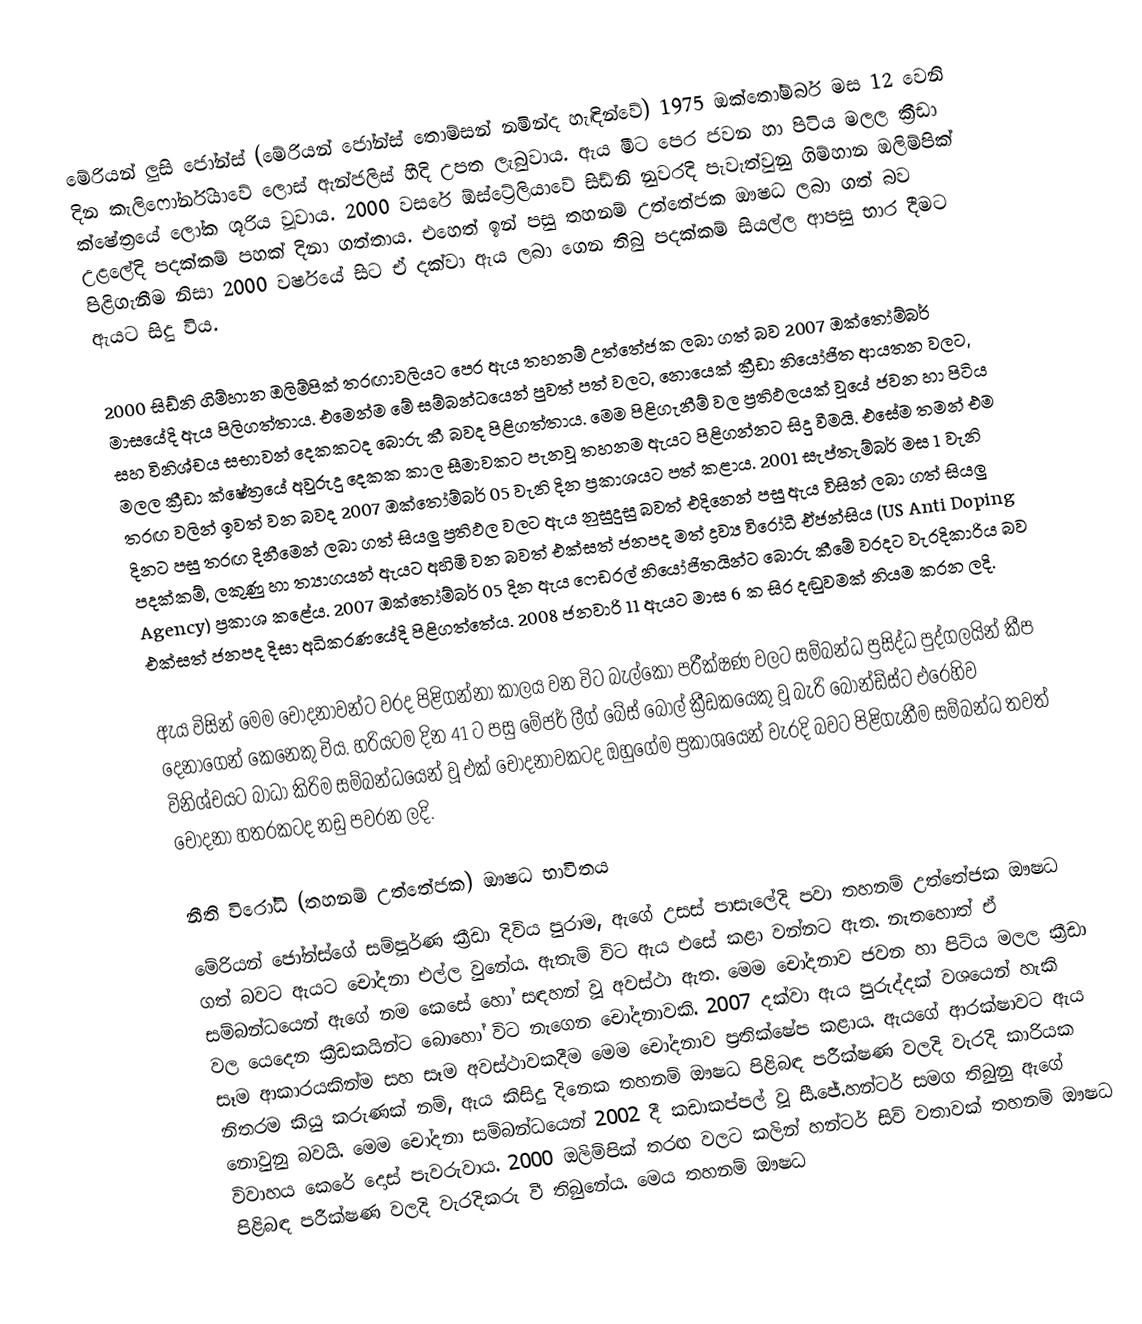
මේරියන් ලුසි ජෝන්ස් (මේරියන් ජෝන්ස් තොම්සන් නමින්ද හැඳින්වේ) 1975 ඔක්තෝම්බර් මස 12 වෙනි දින කැලිෆෝර්නියාවේ ලොස් ඇන්ජලිස් හීදි උපත ලැබුවාය. ඇය මීට පෙර ජවන හා පිටිය මලල ක්‍රීඩා ක්ෂේත්‍රයේ ලෝක ශූරිය වූවාය. 2000 වසරේ ඕස්ට්‍රේලියාවේ සිඩ්නි නුවරදි පැවැත්වුනු ගිම්හාන ඔලිම්පික් උළලේදි පදක්කම් පහක් දිනා ගත්තාය. එහෙත් ඉන් පසු තහනම් උත්තේජක ඖෂධ ලබා ගත් බව පිළිගැනීම නිසා 2000 වර්ෂයේ සිට ඒ දක්වා ඇය ලබා ගෙන තිබු  පදක්කම් සියල්ල ආපසු භාර දීමට ඇයට සිදු විය.

2000 සිඩ්නි ගිම්හාන ඔලිම්පික් තරඟාවලියට පෙර ඇය තහනම් උත්තේජක ලබා ගත් බව 2007 ඔක්තෝම්බර් මාසයේදි ඇය පිලිගත්තාය. එමෙන්ම මේ සම්බන්ධයෙන් පුවත් පත් වලට, නොයෙක් ක්‍රීඩා නියෝජිත ආයතන වලට, සහ විනිශ්චය සභාවන් දෙකකටද බොරු කී බවද පිළිගත්තාය. මෙම පිළිගැනීම් වල ප්‍රතිඵලයක් වූයේ ජවන හා පිටිය මලල ක්‍රීඩා ක්ෂේත්‍රයේ අවුරුදු දෙකක කාල සීමාවකට පැනවූ තහනම ඇයට පිළිගන්නට සිදු වීමයි. එසේම තමන් එම තරඟ වලින් ඉවත් වන බවද 2007 ඔක්තෝම්බර් 05 වැනි දින ප්‍රකාශයට පත් කළාය. 2001 සැප්තැම්බර් මස 1 වැනි දිනට පසු තරඟ දිනීමෙන් ලබා ගත් සියලු ප්‍රතිඵල වලට ඇය නුසුදුසු බවත් එදිනෙන් පසු ඇය විසින් ලබා ගත් සියලු පදක්කම්, ලකුණු හා ත්‍යාගයන් ඇයට අහිමි වන බවත් එක්සත් ජනපද මත් ද්‍රව්‍ය විරෝධී ඒජන්සිය (US Anti Doping Agency) ප්‍රකාශ කළේය. 2007 ඔක්තෝම්බර් 05 දින ඇය ෆෙඩරල් නියෝජිතයින්ට බොරු කීමේ වරදට වැරදිකාරිය බව එක්සත් ජනපද දිසා අධිකරණයේදි පිළිගත්තේය. 2008 ජනවාරි 11 ඇයට මාස 6 ක සිර දඬුවමක් නියම කරන ලදි.

ඇය විසින් මෙම චෝදනාවන්ට වරද පිළිගන්නා කාලය වන විට බැල්කෝ පරීක්ෂණ වලට සම්බන්ධ ප්‍රසිද්ධ පුද්ගලයින් කීප දෙනාගෙන් කෙනෙකු විය. හරියටම දින 41 ට පසු මේජර් ලීග් බේස් බොල් ක්‍රීඩකයෙකු වූ බැරි බොන්ඩ්ස්ට එරෙහිව විනිශ්චයට බාධා කිරිම සම්බන්ධයෙන් වූ එක් චෝදනාවකටද ඔහුගේම ප්‍රකාශයෙන් වැරදි බවට පිළිගැනීම සම්බන්ධ තවත් චෝදනා හතරකටද නඩු පවරන ලදි.

නීති විරෝධි (තහනම් උත්තේජක) ඖෂධ භාවිතය
මේරියන් ජෝන්ස්ගේ සම්පූර්ණ ක්‍රීඩා දිවිය පුරාම, ඇගේ උසස් පාසැලේදි පවා තහනම් උත්තේජක ඖෂධ ගත් බවට ඇයට චෝදනා එල්ල වුනේය. ඇතැම් විට ඇය එසේ කළා වන්නට ඇත. නැතහොත් ඒ සම්බන්ධයෙන් ඇගේ නම කෙසේ හෝ සඳහන් වූ අවස්ථා ඇත. මෙම චෝදනාව ජවන හා පිටිය මලල ක්‍රීඩා වල යෙදෙන ක්‍රීඩකයින්ට බොහෝ විට  නැගෙන චෝදනාවකි. 2007 දක්වා ඇය පුරුද්දක් වශයෙන් හැකි සෑම ආකාරයකින්ම සහ සෑම අවස්ථාවකදීම මෙම චෝදනාව ප්‍රතික්ෂේප කළාය. ඇයගේ ආරක්ෂාවට ඇය නිතරම කියු කරුණක් නම්, ඇය කිසිදු දිනෙක තහනම් ඖෂධ පිළිබඳ පරීක්ෂණ වලදි වැරදි කාරියක නොවුනු බවයි. මෙම චෝදනා සම්බන්ධයෙන් 2002 දී කඩාකප්පල් වූ සී.ජේ.හන්ටර් සමග තිබුනු ඇ‍ගේ විවාහය කෙරේ දොස් පැවරුවාය. 2000 ඔලිම්පික් තරඟ වලට කලින් හන්ටර් සිව් වතාවක් තහනම් ඖෂධ පිළිබඳ පරීක්ෂණ වලදි වැරදිකරු වී තිබුනේය. මෙය තහනම් ඖෂධ